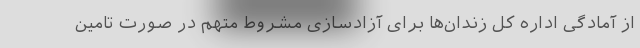
از آمادگی اداره کل زندان‌ها برای آزادسازی مشروط متهم در صورت تامین